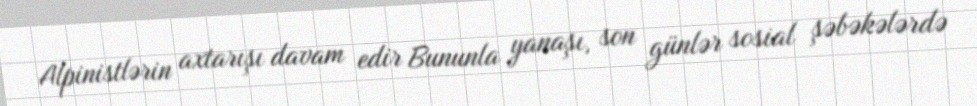
Alpinistlərin axtarışı davam edir Bununla yanaşı, son günlər sosial şəbəkələrdə